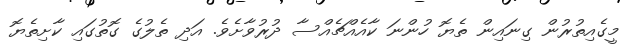
މީގެއިތުރުން ގިނައިން ތެޔޮ ހުންނަ ކާއެއްޗެއްސާ ދުރުވާށެވެ. އަދި ތެލުގެ ގޮތުގައި ކާށިތެޔޮ